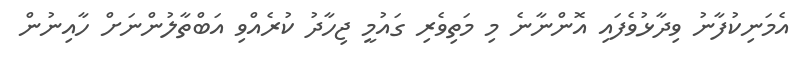
އެމަނިކުފާނު ވިދާޅުވެފައި އޮންނާނެ މި މަތިވެރި ގައުމީ ޖިހާދު ކުރެއްވި އަބްތާލުންނަށް ހާއިނުން